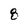
Character: 8